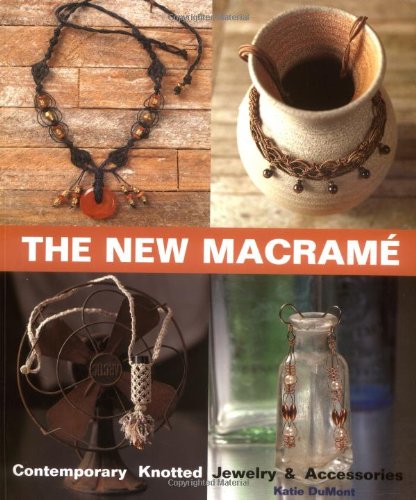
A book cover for The New Macrame: Contemporary Knotted Jewelry and Accessories; Katie DuMont; Literature & Fiction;